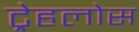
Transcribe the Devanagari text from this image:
ट्रेहलोस